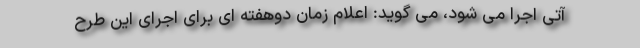
آتی اجرا می شود، می گوید: اعلام زمان دوهفته ای برای اجرای این طرح